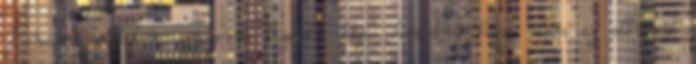
Trencsén-Teplitzben, egyszerre tizenkét bájos honleány hozza elém az albumát